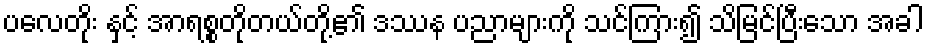
ပလေတိုး နှင့် အာရစ္စတိုတယ်တို့၏ ဒဿန ပညာများကို သင်ကြား၍ သိမြင်ပြီးသော အခါ